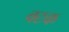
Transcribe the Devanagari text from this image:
वटक